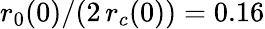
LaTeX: r_{0}(0)/(2\, r_{c}(0))=0.16